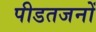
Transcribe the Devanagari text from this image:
पीडतजनों